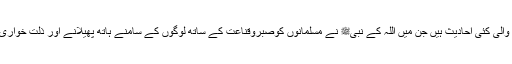
اس سلسلے میں رہنمائی کرنے والی کئی احادیث ہیں جن میں اللہ کے نبیﷺ نے مسلمانوں کوصبروقناعت کے ساتھ لوگوں کے سامنے ہاتھ پھیلانے اور ذلت خواری اختیار کرنے سے منع کیاہے۔